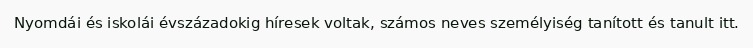
Nyomdái és iskolái évszázadokig híresek voltak, számos neves személyiség tanított és tanult itt.